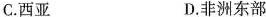
C.西亚 D.非洲东部